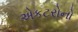
એકટરોનો